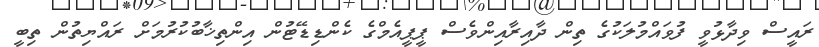
ރައީސް ވިދާޅުވީ ފުވައްމުލަކުގެ ތިން ދާއިރާއިންވެސް ޕީޕީއެމްގެ ކެންޑިޑޭޓުން އިންތިޚާބުކުރުމަށް ރައްޔިތުން ތިބީ